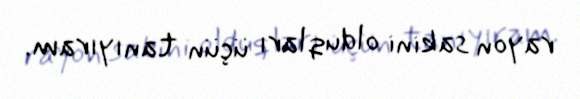
rayon sakini olduqları üçün tanıyıram.